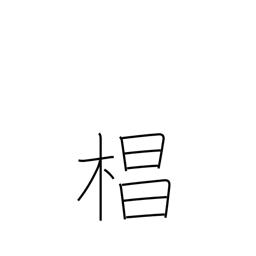
Meaning: Japanese cedar